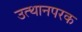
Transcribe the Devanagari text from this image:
उत्थानपरक